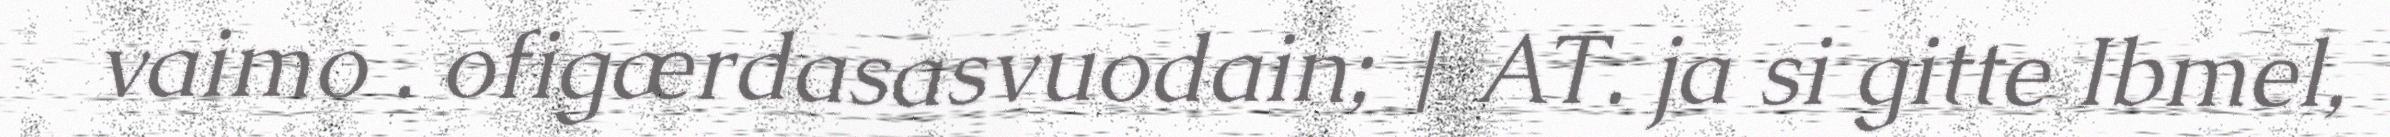
vaimo . ofigærdasasvuodain; | AT. ja si gitte Ibmel,